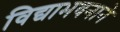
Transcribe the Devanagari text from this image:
विद्याभवनाने